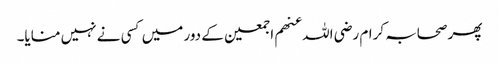
پھر صحابہ کرام رضی اللہ عنھم اجمعین کے دور میں کسی نے نہیں منایا۔